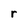
Character: r